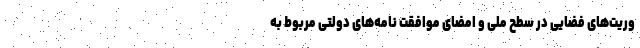
وریت‌های فضایی در سطح ملی و امضای موافقت نامه‌های دولتی مربوط به